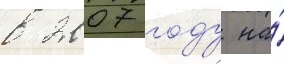
в 2007 году на́